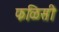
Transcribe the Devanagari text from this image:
फळिसी